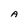
Character: A